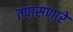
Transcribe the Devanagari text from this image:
तपासणारे